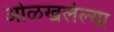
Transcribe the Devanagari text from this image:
ओळखलेल्या